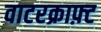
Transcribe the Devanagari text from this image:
वाटरक्राफ़्ट